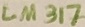
Text: LM317